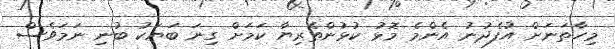
މިހާތަނަށް އުފެދުނު އެންމެ މޮޅު ކުޅުންތެރިޔާ ކަމަށް ގިނަ ބަޔަކު ބުނި ނަމަވެސް